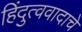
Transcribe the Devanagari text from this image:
हिंदुत्ववादाचे